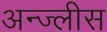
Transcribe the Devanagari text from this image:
अन्ज्लीस